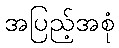
အပြည့်အစုံ